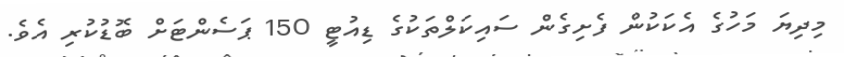
މިދިޔަ މަހުގެ އެކަކުން ފެށިގެން ސައިކަލްތަކުގެ ޑިއުޓީ 150 ޕަސެންޓަށް ބޮޑުކުރި އެވެ.